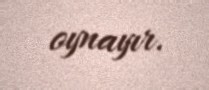
oynayır.